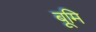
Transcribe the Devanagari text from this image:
बूमि